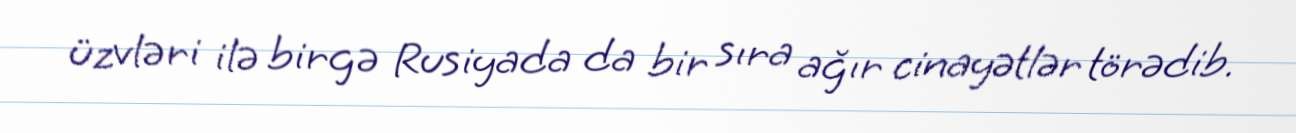
üzvləri ilə birgə Rusiyada da bir sıra ağır cinayətlər törədib.